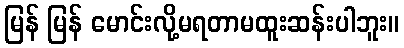
မြန် မြန် မောင်းလို့မရတာမထူးဆန်းပါဘူး။